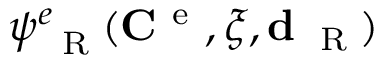
\psi _ { \mathrm { ~ \tiny ~ R ~ } } ^ { e } ( { \bf C } ^ { \mathrm { ~ e ~ } } , \xi , { \bf d } _ { \mathrm { ~ \tiny ~ R ~ } } )